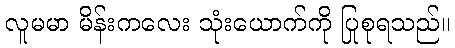
လူမမာ မိန်းကလေး သုံးယောက်ကို ပြုစုရသည်။